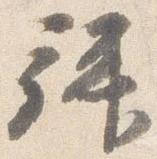
拝